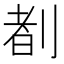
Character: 𪟈